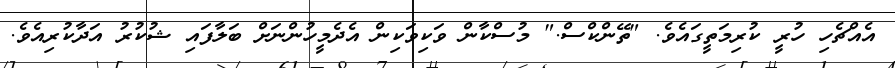
އެއްޗެހި ހުރީ ކުރިމަތީގައެވެ. "ތޭންކްސް." މުސްކާން ވަކިވަކިން އެދެމީހުންނަށް ބަލާފައި ޝުކުރު އަދާކުރިއެވެ.